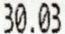
30.03